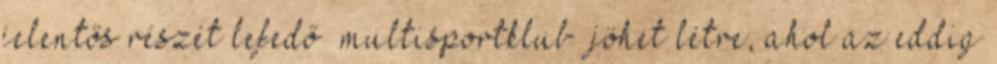
jelentős részét lefedő „multisportklub” jöhet létre, ahol az eddig